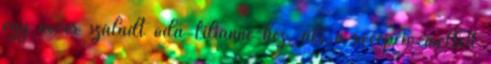
egy nővér szaladt oda Lilianne-hez, aki a recepció mellett